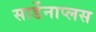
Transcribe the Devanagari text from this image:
सार्डेनाप्लस